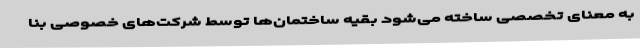
به معنای تخصصی ساخته می‌شود بقیه ساختمان‌ها توسط شرکت‌های خصوصی بنا